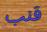
قنب